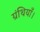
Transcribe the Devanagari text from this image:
ग्रंथियाँ।